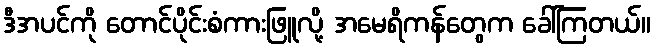
ဒီအပင်ကို တောင်ပိုင်းစံကားဖြူလို့ အမေရိကန်တွေက ခေါ်ကြတယ်။